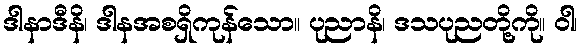
ဒါနာဒီနိ၊ ဒါနအစရှိကုန်သော။ ပုညာနိ၊ ဒသပုညတို့ကို။ ဝါ၊